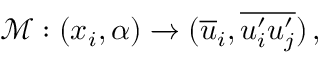
\mathcal { M } : ( x _ { i } , \alpha ) \xrightarrow [ ] { } ( \overline { { u } } _ { i } , \overline { { u _ { i } ^ { \prime } u _ { j } ^ { \prime } } } ) \, ,